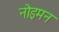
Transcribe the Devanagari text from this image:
नोइमन